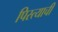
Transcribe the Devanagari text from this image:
पिस्त्याची